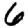
Digit: 6